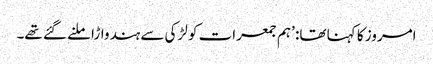
امروز کا کہنا تھا: ’ہم جمعرات کو لڑکی سے ہندواڑا ملنے گئے تھے۔